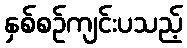
နှစ်စဉ်ကျင်းပသည့်